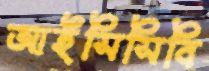
আইসিসিবি